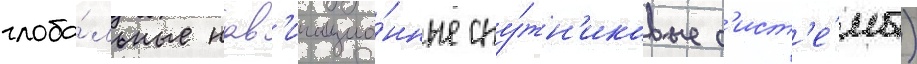
глоба́льные нав'игацио́нные спу́тн'иковые с'ист'е́мы)